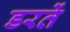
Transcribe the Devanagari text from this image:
डरतें